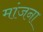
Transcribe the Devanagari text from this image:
मांजना